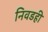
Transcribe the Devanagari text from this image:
निवडही